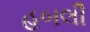
હબલી